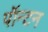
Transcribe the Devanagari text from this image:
पॉन्टन